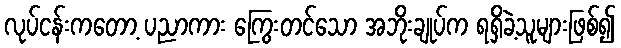
လုပ်ငန်းကတော့ ပညာကား ကြွေးတင်သော အဘိုးချုပ်က ရရှိခဲ့သူများဖြစ်၍